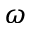
\omega